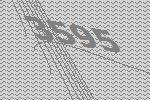
3595